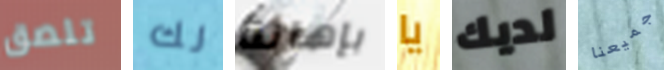
تلصق لك بإهانة يا لديك جميعنا